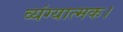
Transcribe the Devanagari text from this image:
व्यंग्यात्मक।